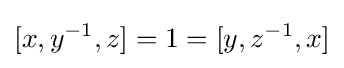
[x,y^{-1},z]=1=[y,z^{-1},x]